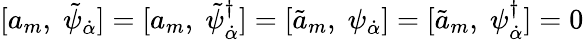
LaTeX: [a_{m},\; \tilde{\psi}_{\dot{\alpha}}]=[a_{m},\; \tilde{\psi}_{\dot{\alpha}}^{\dagger}]=[\tilde{a}_{m},\; \psi_{\dot{\alpha}}]=[\tilde{a}_{m},\; \psi_{\dot{\alpha}}^{\dagger}]=0